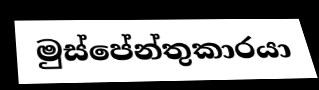
මුස්පේන්තුකාරයා